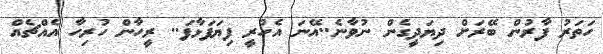
ހަތަރު ފާރުން ބޭރަށް ދިޔަދީގެން ނުވާނެ..އޭނަ އެހުރީ ފިޔަފަޅާފަ.. ރީހާން ހުރިހާ އެއްޗެއް